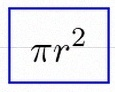
\pi r^2